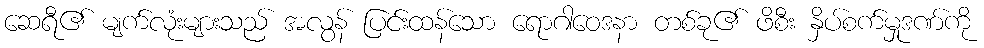
ဆေရီ၏ မျက်လုံးများသည် အလွန် ပြင်းထန်သော ရောဂါဝေဒနာ တစ်ခု၏ ဖိစီး နှိပ်စက်မှုဒဏ်ကို